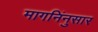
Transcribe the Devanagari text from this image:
मागनिंनुसार